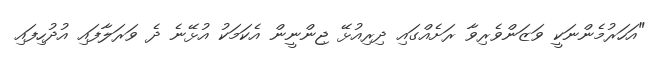
"އަހަރުމެންނަކީ ވަޒަންވެރިވާ ރަށެއްގައި ދިރިއުޅޭ ޖިންނީން އެކަމަކު އުޅޭނެ ދެ ވަރަލާފައި އުދުހިފައި